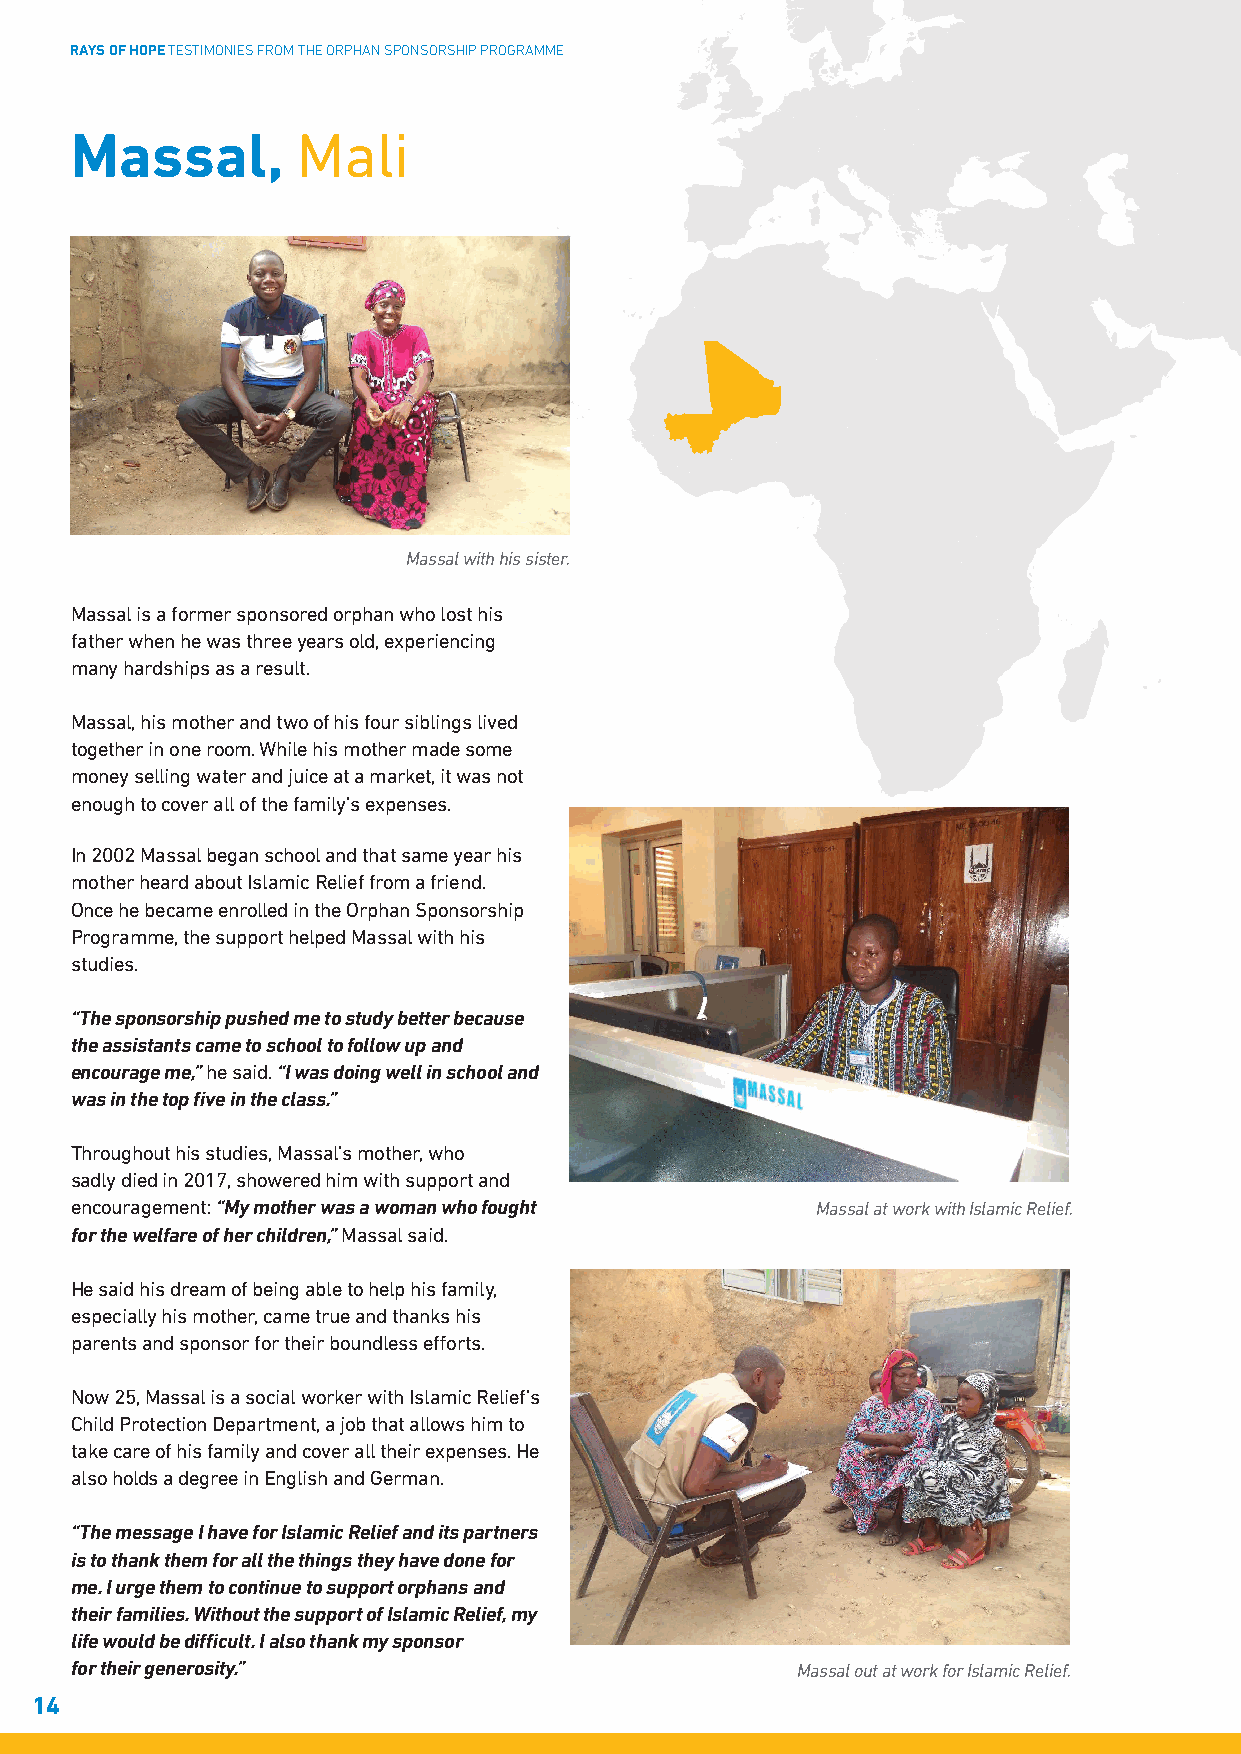
RAYS OF HOPE TESTIMONIES FROM THE ORPHAN SPONSORSHIP PROGRAMME
 Massal,        Mali
 Massal with his sister.
 Massal is a former sponsored orphan who lost his
 father when he was three years old, experiencing
 many hardships as a result.
 Massal, his mother and two of his four siblings lived
 together in one room. While his mother made some
 money selling water and juice at a market, it was not
 enough to cover all of the family’s expenses.
 In 2002 Massal began school and that same year his
 mother heard about Islamic Relief from a friend.
 Once he became enrolled in the Orphan Sponsorship
 Programme, the support helped Massal with his
 studies.
 “The sponsorship pushed me to study better because
 the assistants came to school to follow up and
 encourage me,” he said. “I was doing well in school and
 was in the top five in the class.”
 Throughout his studies, Massal’s mother, who
 sadly died in 2017, showered him with support and
 encouragement: “My mother was a woman who fought Massal at work with Islamic Relief.
 for the welfare of her children,” Massal said.
 He said his dream of being able to help his family,
 especially his mother, came true and thanks his
 parents and sponsor for their boundless efforts.
 Now 25, Massal is a social worker with Islamic Relief’s
 Child Protection Department, a job that allows him to
 take care of his family and cover all their expenses. He
 also holds a degree in English and German.
 “The message I have for Islamic Relief and its partners
 is to thank them for all the things they have done for
 me. I urge them to continue to support orphans and
 their families. Without the support of Islamic Relief, my
 life would be difficult. I also thank my sponsor
 for their generosity.”                          Massal out at work for Islamic Relief.
 14